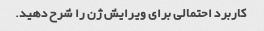
کاربرد احتمالی برای ویرایش ژن را شرح دهید.